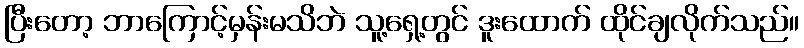
ပြီးတော့ ဘာကြောင့်မှန်းမသိဘဲ သူ့ရှေ့တွင် ဒူးထောက် ထိုင်ချလိုက်သည်။